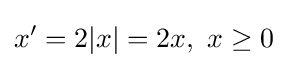
x'=2|x|=2x,\ x\geq 0